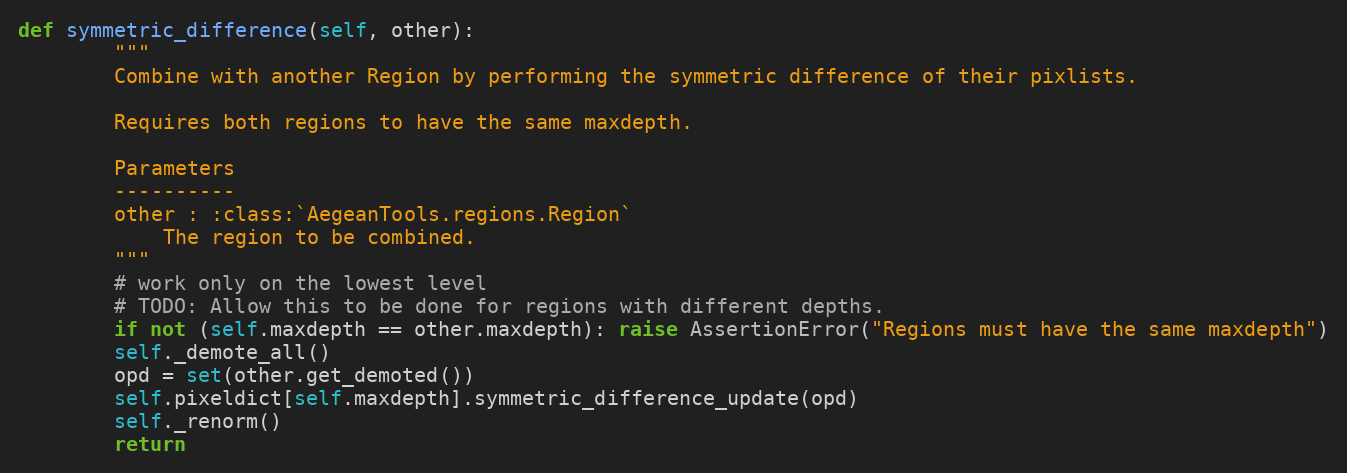
Language: Python
def symmetric_difference(self, other):
        """
        Combine with another Region by performing the symmetric difference of their pixlists.

        Requires both regions to have the same maxdepth.

        Parameters
        ----------
        other : :class:`AegeanTools.regions.Region`
            The region to be combined.
        """
        # work only on the lowest level
        # TODO: Allow this to be done for regions with different depths.
        if not (self.maxdepth == other.maxdepth): raise AssertionError("Regions must have the same maxdepth")
        self._demote_all()
        opd = set(other.get_demoted())
        self.pixeldict[self.maxdepth].symmetric_difference_update(opd)
        self._renorm()
        return